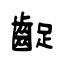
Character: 齪